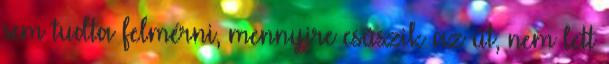
sem tudta felmérni, mennyire csúszik az út, nem lett